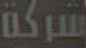
شركة